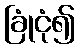
ခြုံငုံ၍